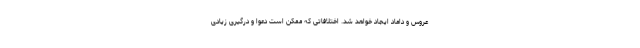
عروس و داماد ایجاد خواهد شد. اختلافاتی که ممکن است دعوا و درگیری زیادی